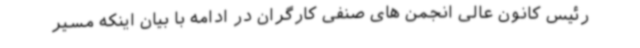
رئیس کانون عالی انجمن های صنفی کارگران در ادامه با بیان اینکه مسیر